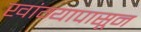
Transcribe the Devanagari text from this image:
खांग्यापासून